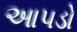
આપડો